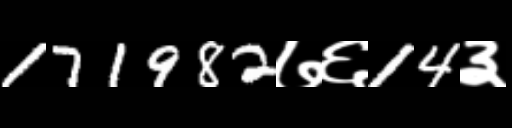
Text: 171982७६14३